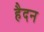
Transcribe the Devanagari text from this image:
हैदन